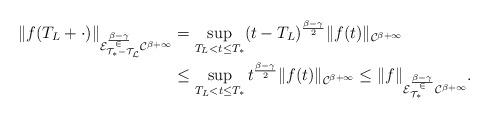
LaTeX: \begin{align*}\|f(T_L+\cdot)\|_{\cal{E}_{T_*-T_L}^{\frac{\beta-\gamma}2}\cal{C}^{\beta+1}}&=\sup_{T_L<t\le T_*}(t-T_L)^{\frac{\beta-\gamma}2}\|f(t)\|_{\cal{C}^{\beta+1}}\\&\le\sup_{T_L<t\le T_*}t^{\frac{\beta-\gamma}2}\|f(t)\|_{\cal{C}^{\beta+1}}\le\|f\|_{\cal{E}^{\frac{\beta-\gamma}2}_{T_*}\cal{C}^{\beta+1}}.\end{align*}